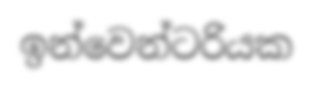
ඉන්වෙන්ටරියක